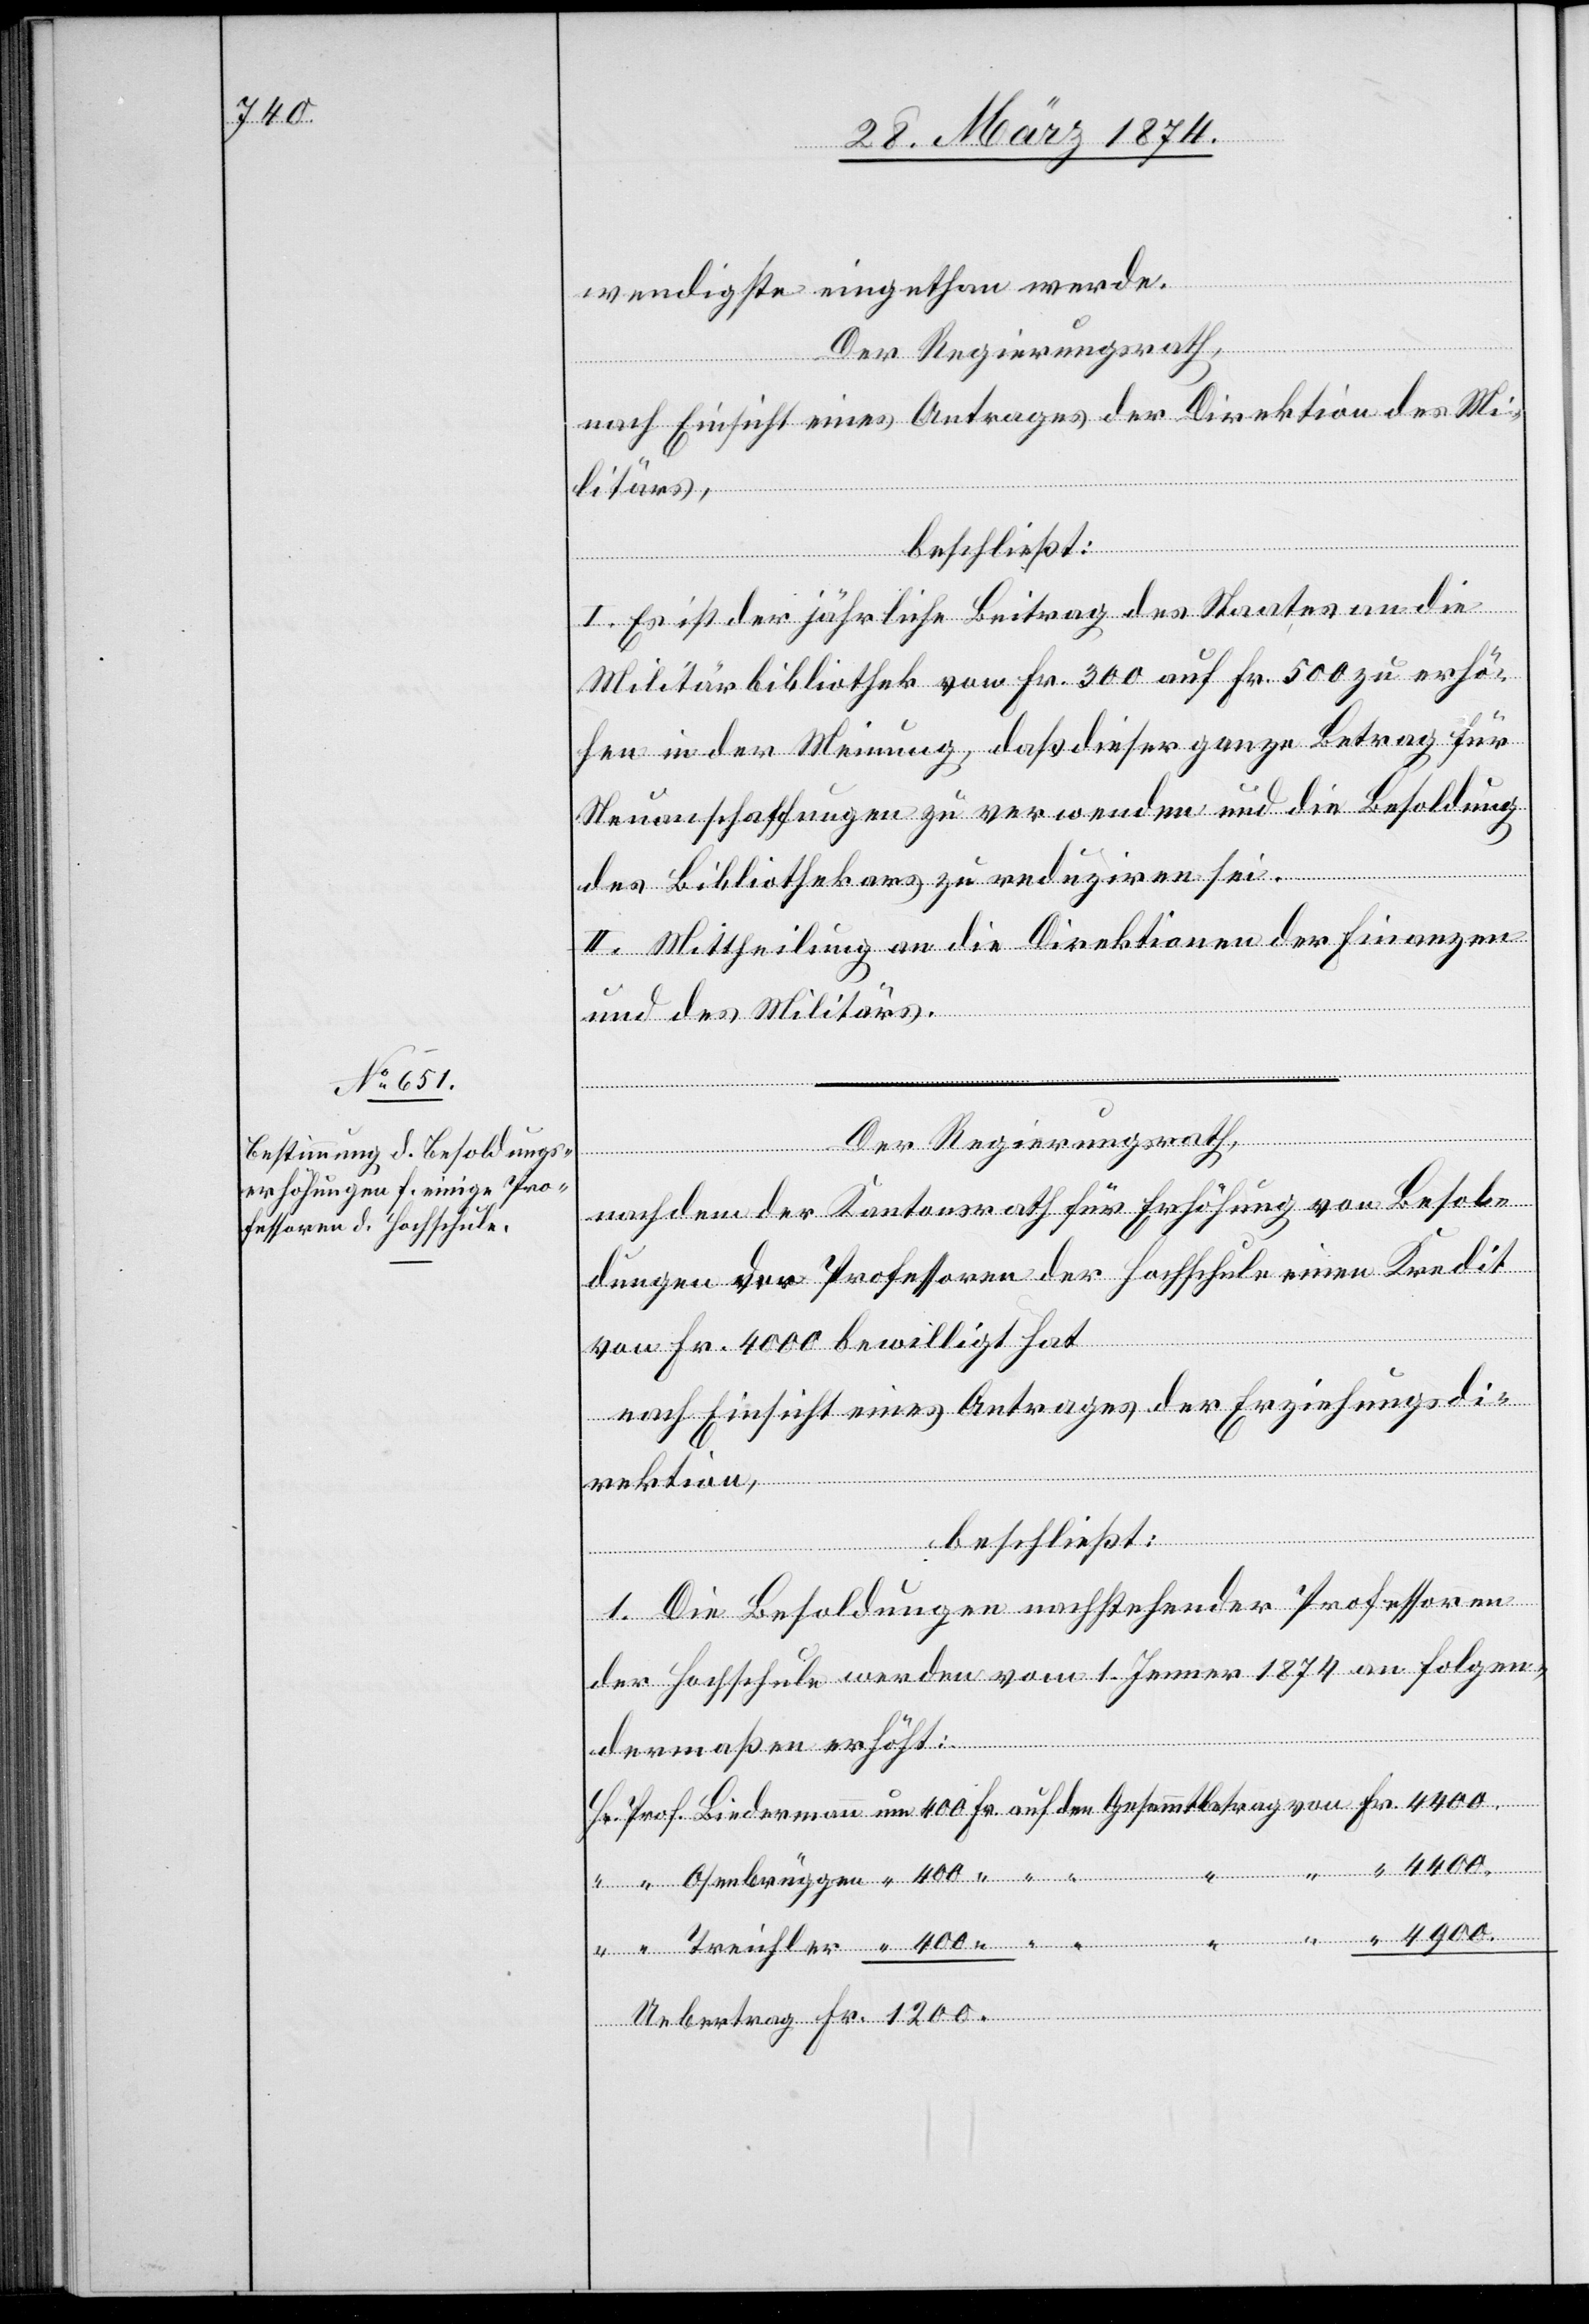
wendigste eingethan werde.
Der Regierungsrath,
von
nach Einsicht eines Antrages der Direktion des Mi¬
litärs,
beschließt:
I. Es ist der jährliche Beitrag des Staates an die
Militärbibliothek von Fr. 300 auf Fr. 500 zu erhö¬
hen in der Meinung, daß dieser ganze Betrag für
Neuanschaffungen zu verwenden und die Besoldung
des Bibliothekars zu reduziren sei.
II. Mittheilung an die Direktionen der Finanzen
und des Militärs.
“
Der Regierungsrath,
nachdem der Kantonsrath für Erhöhung von Besol¬
dungen der Professoren der Hochschule einen Kredit
von Fr. 4000 bewilligt hat
nach Einsicht eines Antrages der Erziehungsdi¬
rektion,
beschließt:
1. Die Besoldungen nachstehender Professoren
der Hochschule werden vom 1. Jenner 1874 an folgen¬
dermaßen erhöht:
4900.